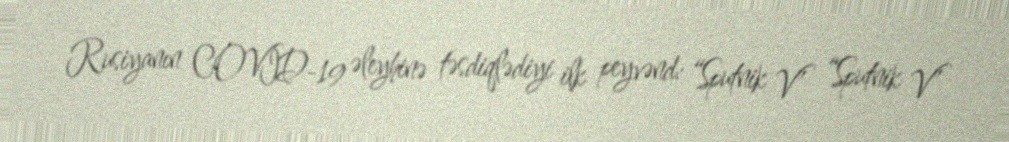
Rusiyanın COVİD-19 əleyhinə təsdiqlədiyi ilk peyvənd: “Sputnik V” “Sputnik V”